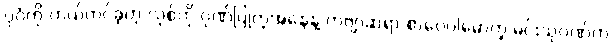
ပုဂံကို ကယ်တင်ခဲ့တဲ့ လုစ်ကို ဂုဏ်ပြုတဲ့အနေနဲ့ ကဗျာဆရာ စာပေပါမောက္ခ မင်းသုဝဏ်က